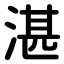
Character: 湛